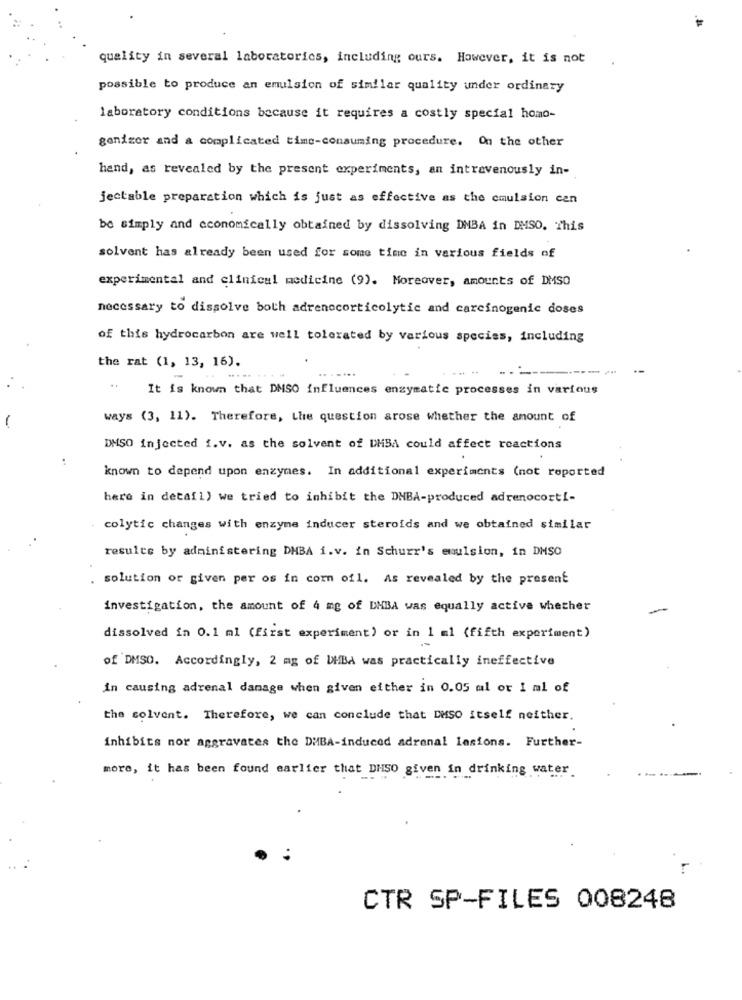
quality in several laboratorics, including ours. However, it is not
possible to produce an emulsion of similar quality under ordinary
laboratory conditions because it requires a costly special homo-
ganizer and a complicated time-consuming procedure. On the other
hand, as revealed by the present experiments, an intravenously in-
jectable preparation which is just as effective as the cmulsion can
be simply and economically obtained by dissolving DMBA in DMSO. This
solvent has already been used for some time in various fields of
experimental and clinical medicine (9). Moreover, amounts of DMSO
necessary to dissolve both adrenocorticolytic and carcinogenic doses
of this hydrocarbon are well tolerated by various species, including
the rat (1, 13, 16).
It is known that DMSO influences enzymatic processes in various
-
ways (3, 11). Therefore, the question arose whether the amount of
DMSO injected i.v. as the solvent of DMBA could affect reactions
known to depend upon enzymes. In additional experiments (not reported
here in detail) we tried to inhibit the DMBA-produced adrenocorti-
colytic changes with enzyme inducer steroids and we obtained similar
results by administering DHBA i.v. in Schurr's emulsion, in DMSO
solution or given per os in corn ofl. As revealed by the present
investigation, the amount of 4 mg of DMBA was equally active whether
dissolved in 0.1 ml (first experiment) or in 1 ml (fifth experiment)
of DMSO. Accordingly, 2 mg of VHBA was practically ineffective
in causing adrenal damage when given either in 0.05 al or 1 ml of
the solvent. Therefore, we can conclude that DMSO itself neither.
inhibits nor aggravates the DMBA-induced adrenal lesions. Further-
more, it has been found earlier that DHSO given in drinking water
CTR SP-FILES 008248